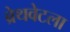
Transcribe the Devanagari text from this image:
ब्रेथवेटला